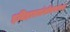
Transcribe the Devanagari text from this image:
इतिहाससंशोधकाच्या